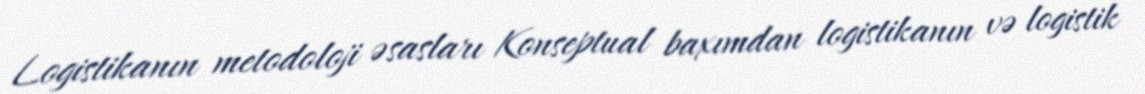
Logistikanın metodoloji əsasları Konseptual baxımdan logistikanın və logistik